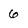
Character: 6